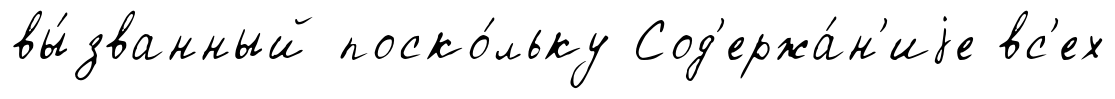
вы́званный поско́льку Сод'ержа́н'иjе вс'ех